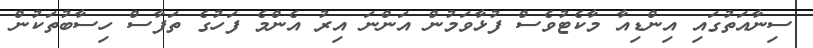
ސިނާއަތުގައި އިންޑިއާ މާކެޓުވެސް ފުޅާވަމުން އަންނަ އިރު އެންމެ ފަހުގެ ތަފާސް ހިސާބުތަކުން